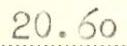
20.60